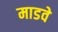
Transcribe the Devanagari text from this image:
माडवे